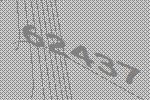
62437